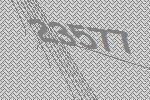
23577